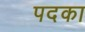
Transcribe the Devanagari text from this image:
पदका